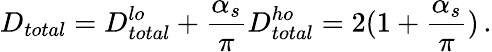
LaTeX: D_{total}=D_{total}^{lo}+{\frac{\alpha_{s}}{\pi}}D_{total}^{ho}=2(1+{\frac{\alpha_{s}}{\pi}})\, .